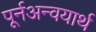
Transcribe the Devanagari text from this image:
पूर्नअन्वयार्थ